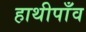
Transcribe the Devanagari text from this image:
हाथीपाँव